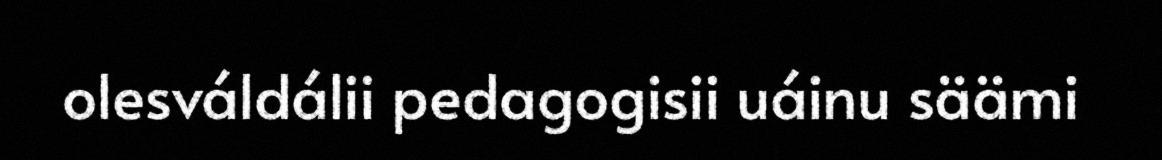
olesváldálii pedagogisii uáinu säämi